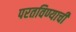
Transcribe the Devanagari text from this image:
परतविण्याची